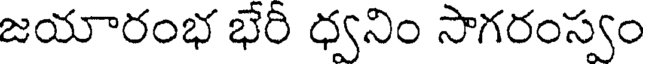
జయారంభ భేరీ ధ్వనిం సాగరంస్వం